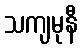
သကျမုနီ